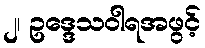
၂၊ ဥဒ္ဒေသဝါရအဖွင့်